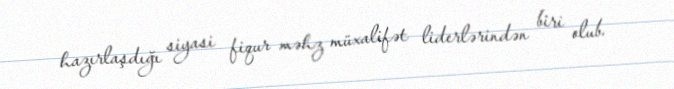
hazırlaşdığı siyasi fiqur məhz müxalifət liderlərindən biri olub.